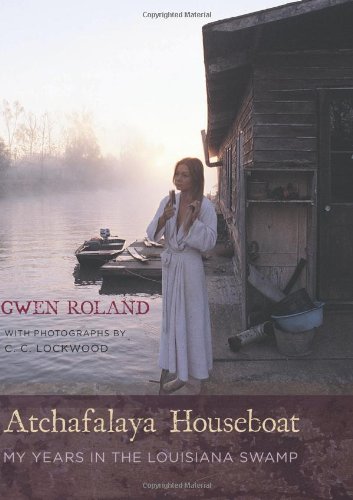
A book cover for Atchafalaya Houseboat: My Years in the Louisiana Swamp; Gwen Roland; Biographies & Memoirs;